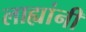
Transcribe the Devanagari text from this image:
लाह्यांनी